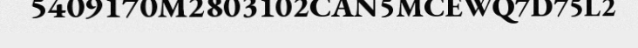
5409170M2803102CAN5MCEWQ7D75L2